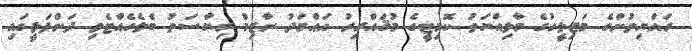
ރައްޔިތުންގެ މަޖިލީހުގެ މާލިއްޔަތު ކޮމިޓީގެ މުޤައްރިރު އަޙްމަދު ނާޒިމް ރިޔާސަތު ބެލެހެއްޓެވި ދަންފަޅީގައި